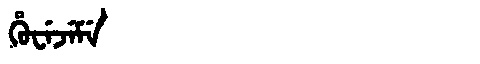
Manchu: ᡥᡠᠸᡝᠵᡝᠮᡝ
Romanization: HUWEJEME